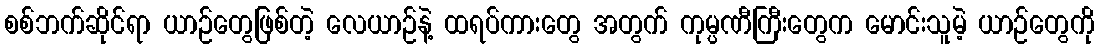
စစ်ဘက်ဆိုင်ရာ ယာဉ်တွေဖြစ်တဲ့ လေယာဉ်နဲ့ ထရပ်ကားတွေ အတွက် ကုမ္ပဏီကြီးတွေက မောင်းသူမဲ့ ယာဉ်တွေကို